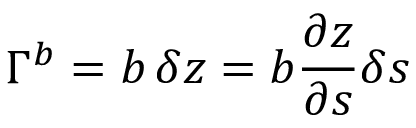
\Gamma ^ { b } = b \, \delta z = b \frac { \partial z } { \partial s } \delta s